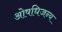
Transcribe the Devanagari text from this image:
ओषधिजन्य